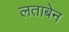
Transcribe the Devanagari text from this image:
लताबेन